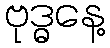
ဗုဒ္ဓနေ့